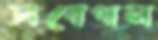
সবেধন